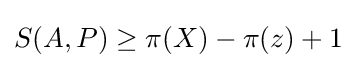
S(A,P)\geq \pi (X)-\pi (z)+1